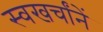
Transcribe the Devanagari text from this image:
स्वखर्चांनें